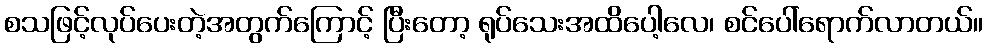
စသဖြင့်လုပ်ပေးတဲ့အတွက်ကြောင့် ပြီးတော့ ရုပ်သေးအထိပေါ့လေ၊ စင်ပေါ်ရောက်လာတယ်။